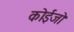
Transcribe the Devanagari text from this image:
कोईजो